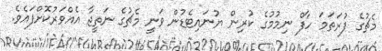
މެޗުގެ ފުރަތަމަ ހާފް ނިމުމުގެ ކުރިން ޔުނައިޓެޑުން ވަނީ މެޗުގެ ނަތީޖާ އެއްވަރުކޮށްފައެވެ.